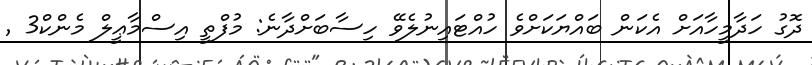
ދޮގު ހަދާމީހާއަށް އެކަން ބައްޔަކަށްވެ ހުއްޓައިނުލެވޭ ހިސާބަށްދާނެ: މުފްތީ އިސްމާޢީލް މެންކް3